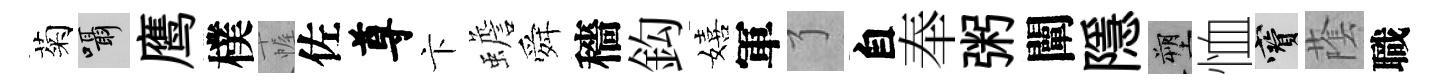
菊囁鹰樸幄佐尊卞蟾舜穡鈎嬉軍了自奉粥闡隱塑恤寶䕃職